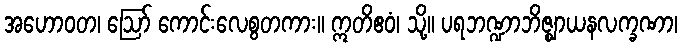
အဟောဝတ၊ ဩော် ကောင်းလေစွတကား။ ဣတိဧဝံ၊ သို့။ ပရဘဏ္ဍာဘိဇ္ဈာယနလက္ခဏာ၊